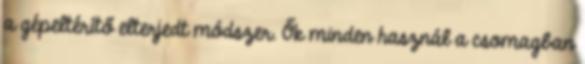
a gépeltérítő elterjedt módszer. Ők minden használ a csomagban